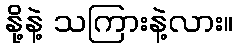
နို့နဲ့ သကြားနဲ့လား။